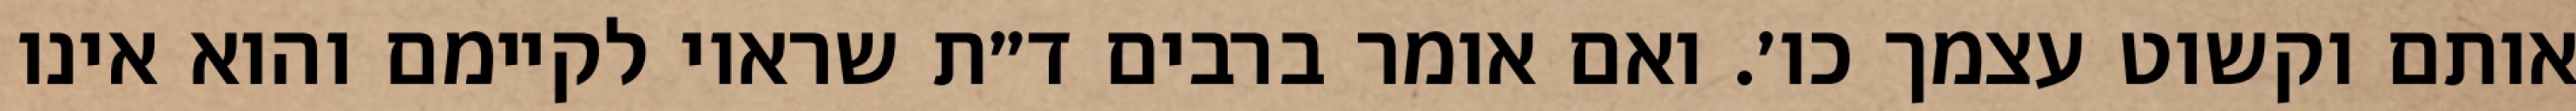
אותם וקשוט עצמך כו׳. ואם אומר ברבים ד״ת שראוי לקיימם והוא אינו